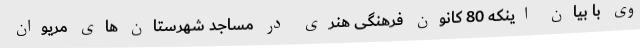
وی با بیان اینکه 80 کانون فرهنگی هنری در مساجد شهرستان های مریوان